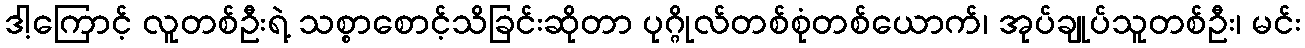
ဒါ့ကြောင့် လူတစ်ဦးရဲ့ သစ္စာစောင့်သိခြင်းဆိုတာ ပုဂ္ဂိုလ်တစ်စုံတစ်ယောက်၊ အုပ်ချုပ်သူတစ်ဦး၊ မင်း